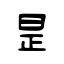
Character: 昰